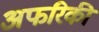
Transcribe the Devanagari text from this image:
अफरिकी